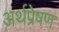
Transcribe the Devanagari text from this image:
अर्थप्रेषण